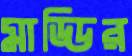
মাড্ডির